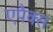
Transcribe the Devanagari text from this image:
एपैक्स